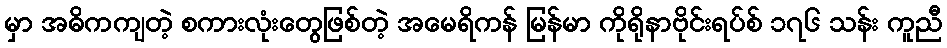
မှာ အဓိကကျတဲ့ စကားလုံးတွေဖြစ်တဲ့ အမေရိကန် မြန်မာ ကိုရိုနာဗိုင်းရပ်စ် ၁၇၆ သန်း ကူညီ